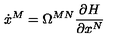
\dot { x } ^ { M } = \Omega ^ { M N } \frac { \partial H } { \partial x ^ { N } }